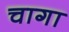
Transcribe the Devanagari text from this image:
चागा